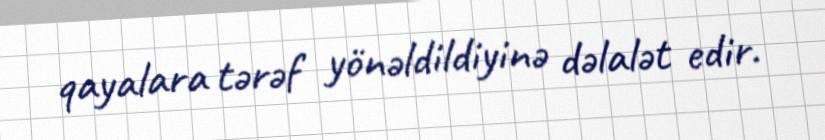
qayalara tərəf yönəldildiyinə dəlalət edir.